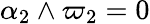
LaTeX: \alpha_{2}\wedge\varpi_{2}=0